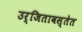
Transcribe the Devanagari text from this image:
उर्जितावस्तेत